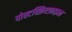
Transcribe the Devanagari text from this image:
पोस्टस्क्रिप्टफ़ाइल